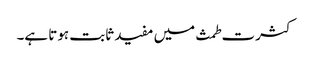
کثرت طمث میں مفید ثابت ہوتا ہے۔